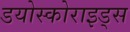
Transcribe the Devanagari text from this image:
डयोस्कोराइड्स